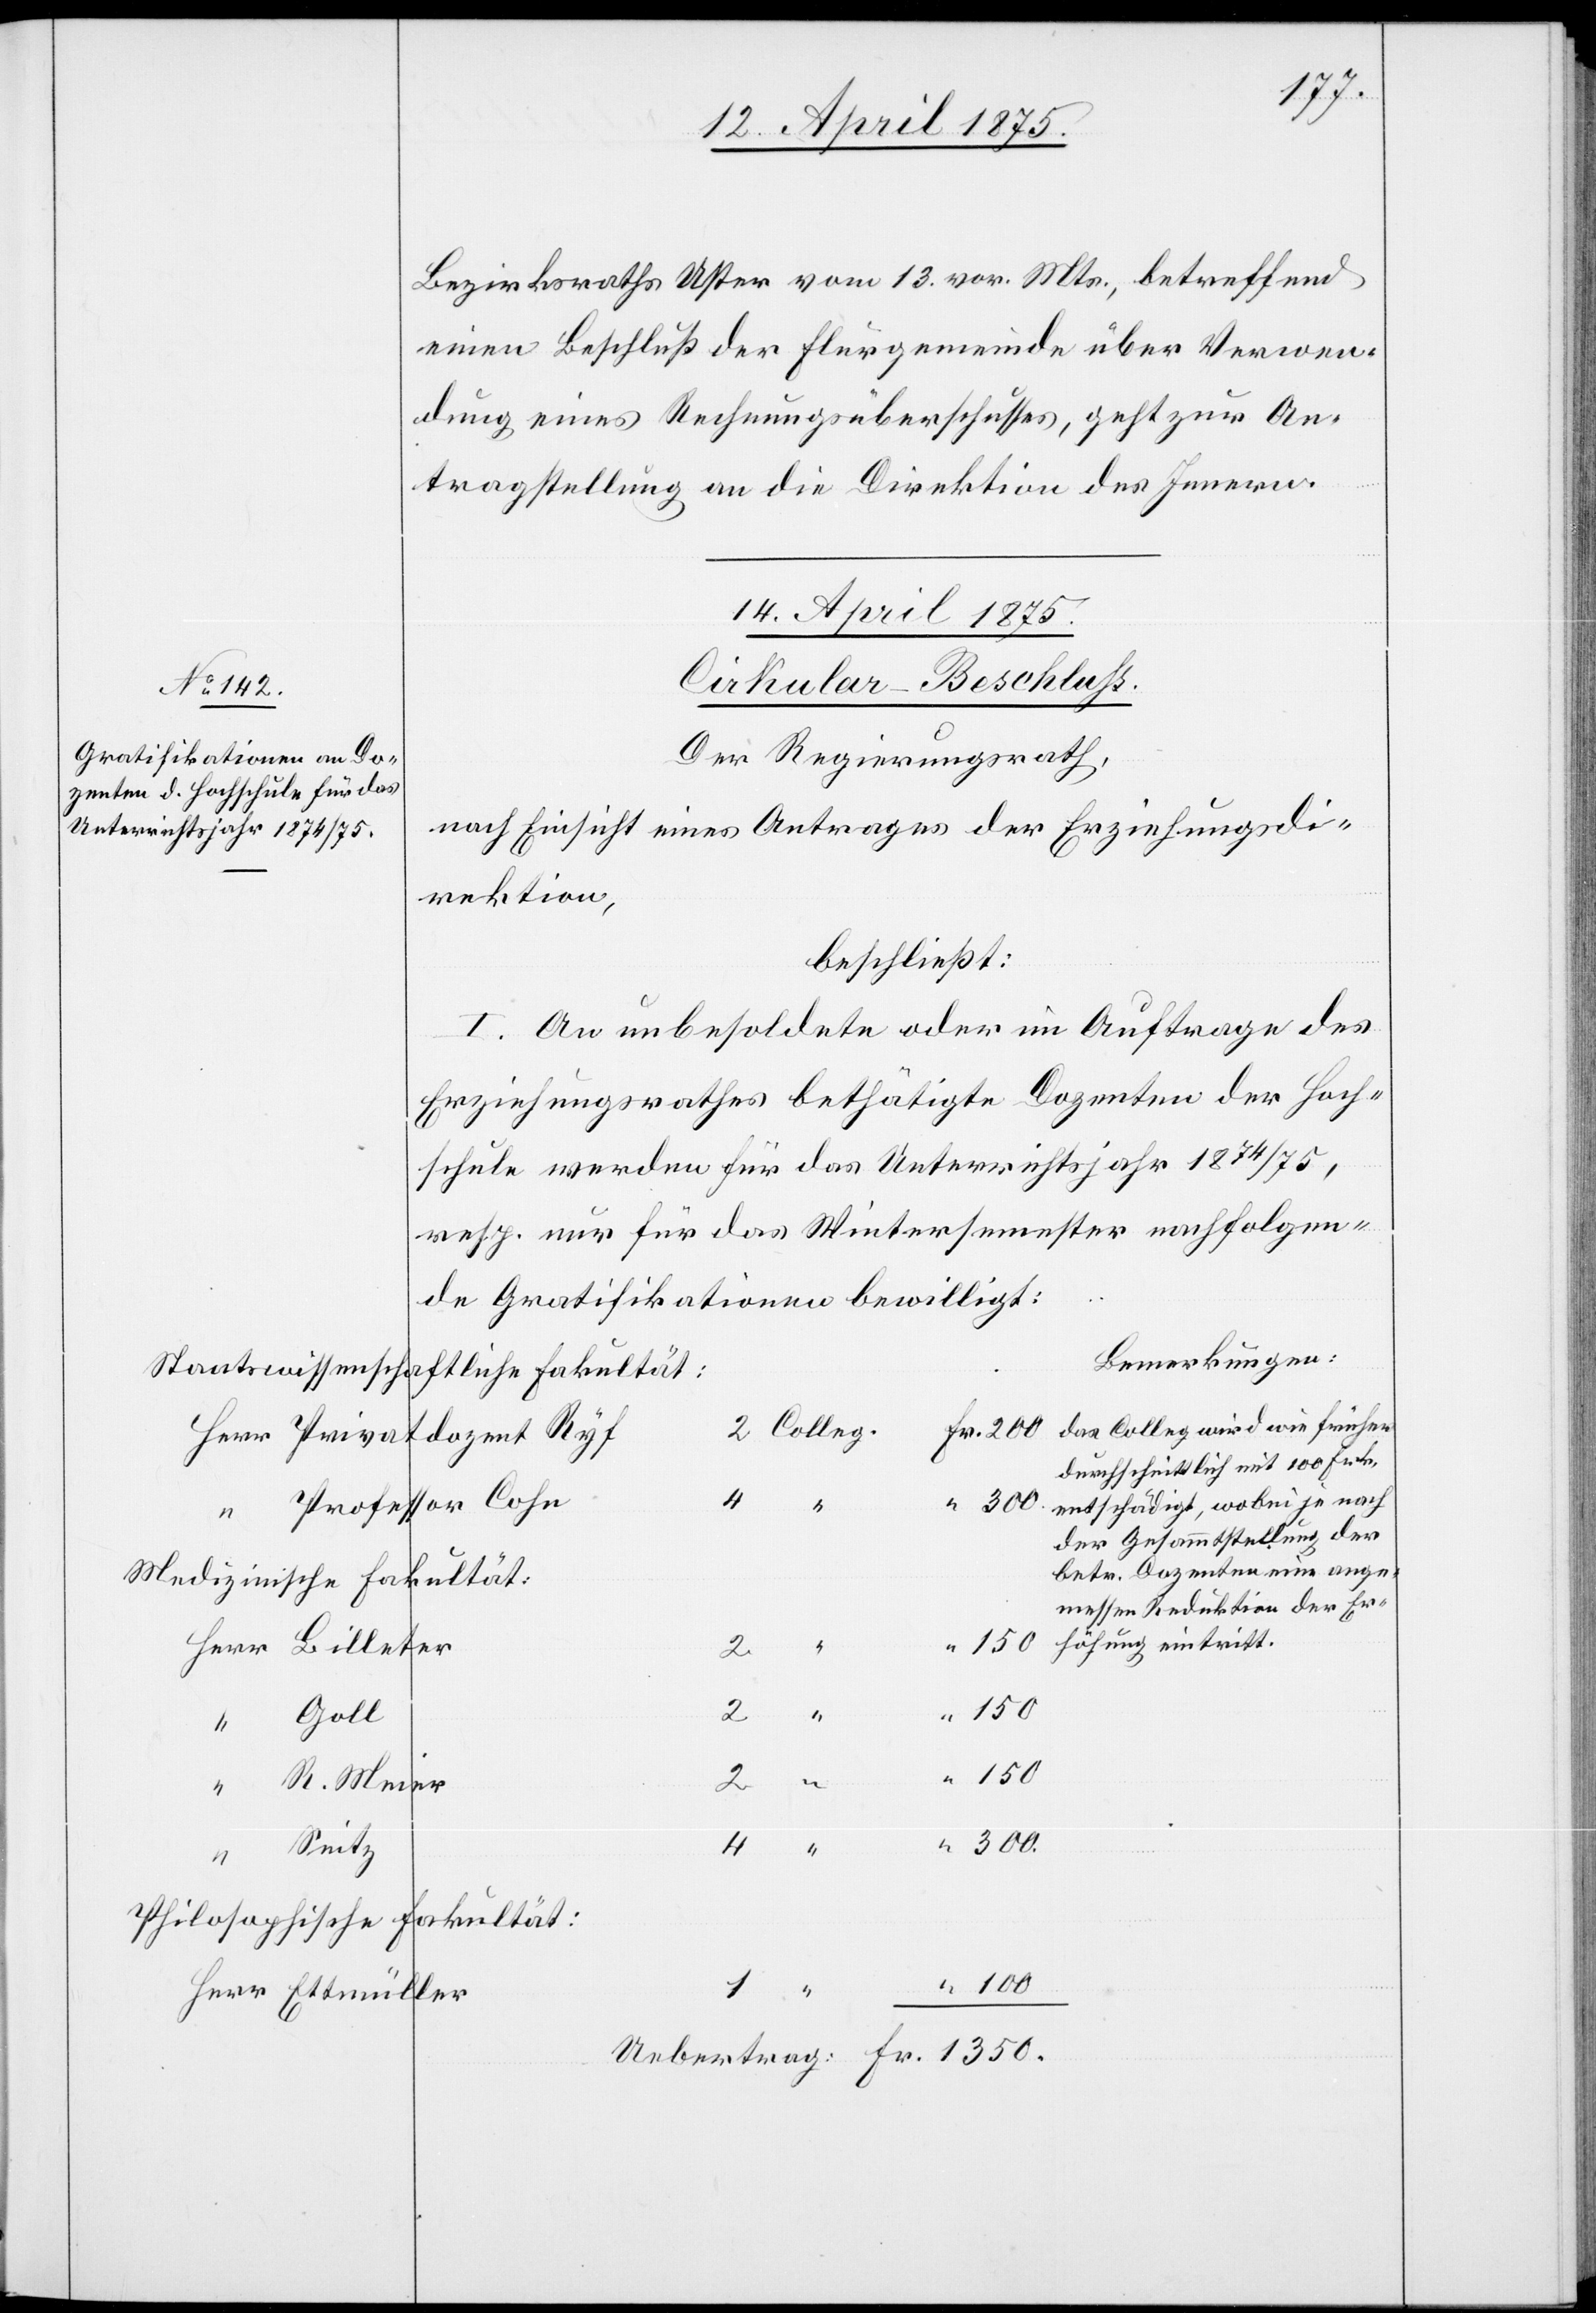
Bezirksraths Uster vom 13. vor. Mts., betreffend
einen Beschluß der Flurgemeinde über Verwen¬
dung eines Rechnungsüberschusses, geht zur An¬
tragstellung an die Direktion des Innern.
14. April 1875.
Cirkular-Beschluss
Der Regierungsrath,
nach Einsicht eines Antrages der Erziehungsdi¬
rektion,
beschließt:
I. An unbesoldete oder im Auftrage des
Erziehungsrathes bethätigte Dozenten der Hoch¬
schule werden für das Unterrichtsjahr 1874/75,
resp. nur für das Wintersemester nachfolgen¬
de Gratifikationen bewilligt:
Bemerkungen:
Staatswissenscha¬
ftliche Fakultät:
das Colleg wird wie früher
durchschnittlich mit 100 Frk.
entschädigt, wobei je nach
Professor Cohn
4
der Gesammtstellung der
betr. Dozenten eine ange¬
Medizinische Fakultät:
messen[e] Reduktion der Er¬
Goll
1350.
Uebertrag:
R. Meier
Seitz
4
Philosophische Fakultät: